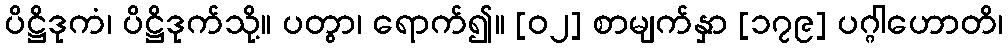
ပိဋ္ဌိဒုကံ၊ ပိဋ္ဌိဒုက်သို့။ ပတွာ၊ ရောက်၍။ [၀၂] စာမျက်နှာ [၁၇၉] ပဂ္ဂါဟောတိ၊